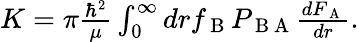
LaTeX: \begin{array}{r}{K=\pi\frac{\hbar^{2}}{\mu}\int_{0}^{\infty}drf_{\mathrm{~B~}}P_{\mathrm{~B~A~}}\frac{dF_{\mathrm{~A~}}}{dr}.}\end{array}